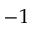
- 1